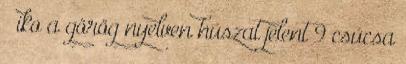
– iko a görög nyelven húszat jelent 9 csúcsa